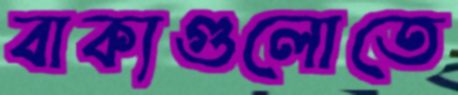
বাক্যগুলোতে